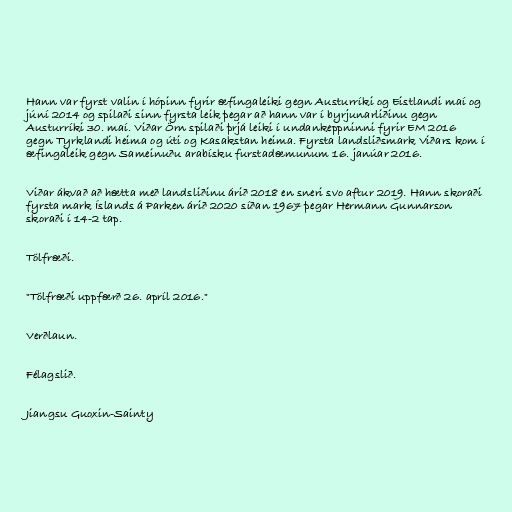
Hann var fyrst valin í hópinn fyrir æfingaleiki gegn Austurríki og Eistlandi maí og
júní 2014 og spilaði sinn fyrsta leik þegar að hann var í byrjunarliðinu gegn
Austurríki 30. maí. Viðar Örn spilaði þrjá leiki í undankeppninni fyrir EM 2016
gegn Tyrklandi heima og úti og Kasakstan heima. Fyrsta landsliðsmark Viðars kom í
æfingaleik gegn Sameinuðu arabísku furstadæmunum 16. janúar 2016.

Viðar ákvað að hætta með landsliðinu árið 2018 en sneri svo aftur 2019. Hann skoraði
fyrsta mark Íslands á Parken árið 2020 síðan 1967 þegar Hermann Gunnarson
skoraði í 14-2 tap.

Tölfræði.

"Tölfræði uppfærð 26. apríl 2016."

Verðlaun.

Félagslið.

Jiangsu Guoxin-Sainty